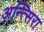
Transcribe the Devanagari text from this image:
अन्त्सिरा